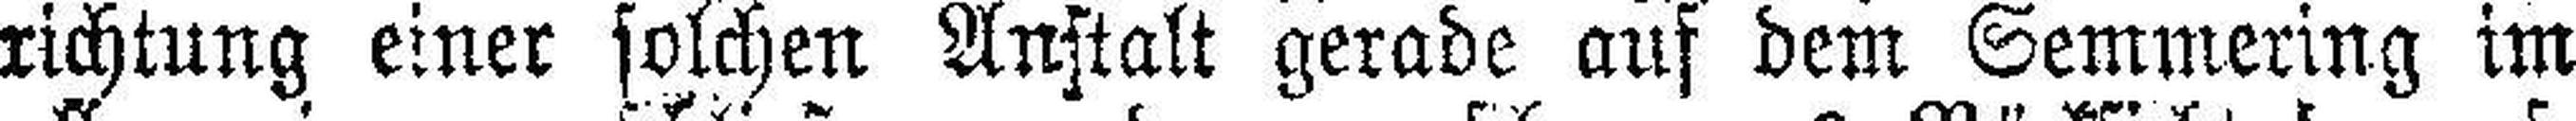
richtung einer solchen Anstalt gerade auf dem Semmering im